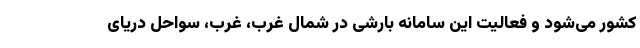
کشور می‌شود و فعالیت این سامانه بارشی در شمال غرب، غرب، سواحل دریای